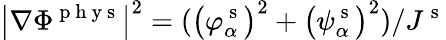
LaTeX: \big|\nabla\Phi^{\mathrm{~p~h~y~s~}}\big|^{2}=\left(\big(\varphi_{\alpha}^{\mathrm{~s~}}\big)^{2}+\big(\psi_{\alpha}^{\mathrm{~s~}}\big)^{2}\right)/J^{\mathrm{~s~}}